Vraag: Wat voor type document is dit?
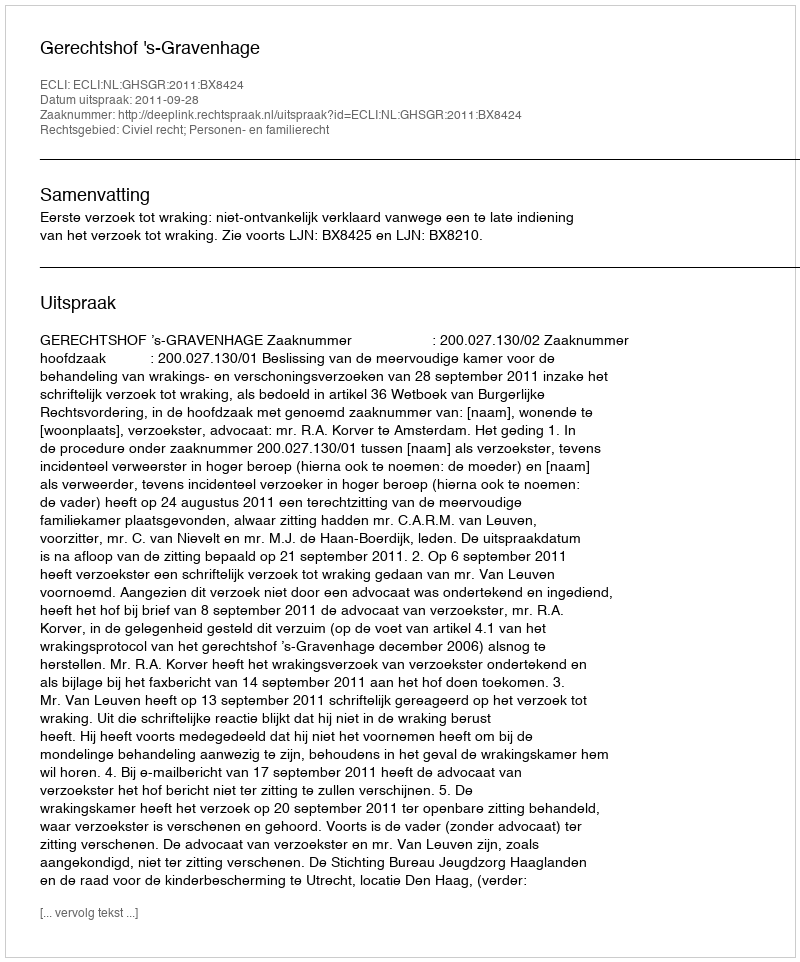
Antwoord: Uitspraak